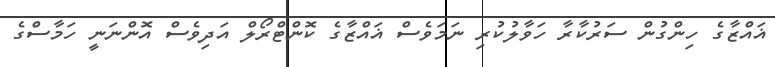
ޣައްޒާގެ ހިންގުން ސަރުކާރާ ހަވާލުކުރި ނަމަވެސް ޣައްޒާގެ ކޮންޓްރޯލް އަދިވެސް އޮންނަނީ ހަމާސްގެ